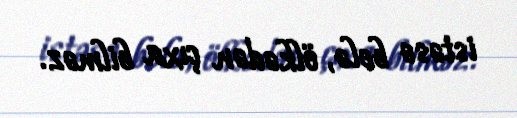
istəsə belə, ölkədən çıxa bilməz.